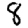
Digit: 8